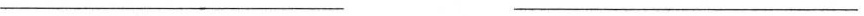
___ ___